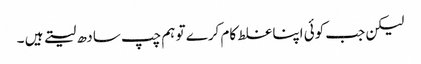
لیکن جب کوئی اپنا غلط کام کرے تو ہم چپ سادھ لیتے ہیں ۔